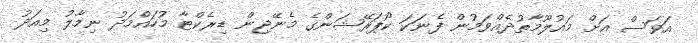
އަވަސް އަށް މައުލޫމާތުދެއްވަމުން ފެނަކަ ކޯޕަރޭޝަންގެ މެނޭޖިން ޑިރެކްޓާ މުހައްމަދު ނިމާލު މިއަދު